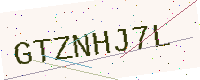
Text: GTZNHJ7L